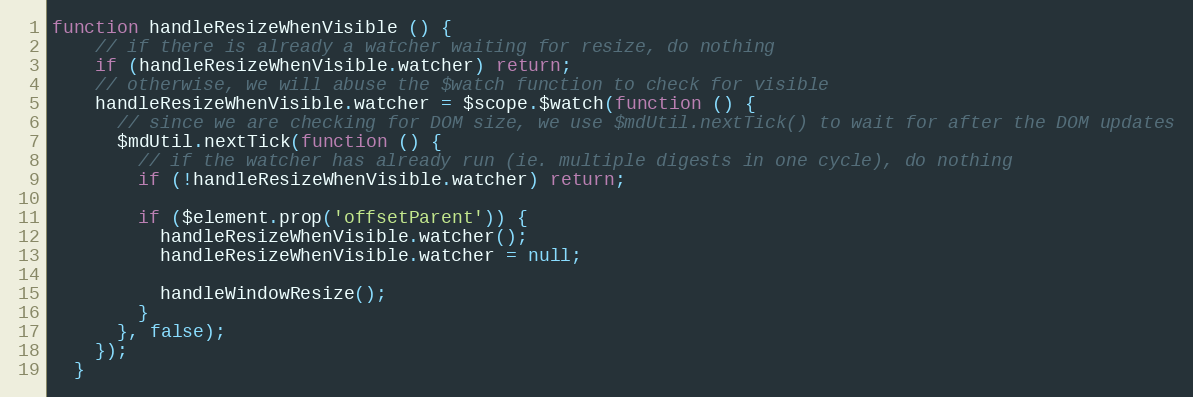
Language: JavaScript
function handleResizeWhenVisible () {
    // if there is already a watcher waiting for resize, do nothing
    if (handleResizeWhenVisible.watcher) return;
    // otherwise, we will abuse the $watch function to check for visible
    handleResizeWhenVisible.watcher = $scope.$watch(function () {
      // since we are checking for DOM size, we use $mdUtil.nextTick() to wait for after the DOM updates
      $mdUtil.nextTick(function () {
        // if the watcher has already run (ie. multiple digests in one cycle), do nothing
        if (!handleResizeWhenVisible.watcher) return;

        if ($element.prop('offsetParent')) {
          handleResizeWhenVisible.watcher();
          handleResizeWhenVisible.watcher = null;

          handleWindowResize();
        }
      }, false);
    });
  }